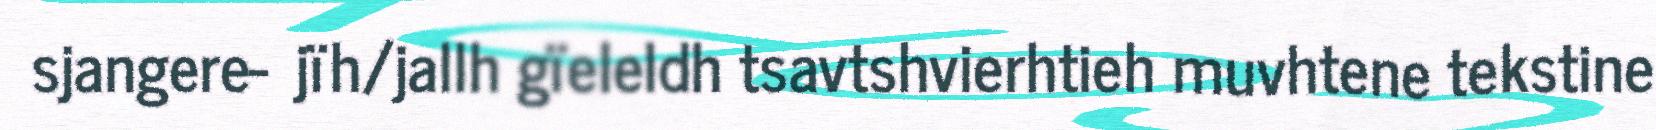
sjangere‐ jïh/jallh gïeleldh tsavtshvierhtieh muvhtene tekstine